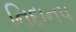
નિદાન૫